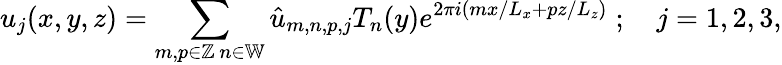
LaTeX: u_{j}(x,y,z)=\sum_{\substack{m,p\in\mathbb{Z}\, n\in\mathbb{W}}}\hat{u}_{m,n,p,j}T_{n}(y)e^{2\pi i\left({mx}/{L_{x}}+{pz}/{L_{z}}\right)}\; ;\quad j=1,2,3,